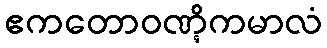
ဧကတောဝဏ္ဋိကမာလံ